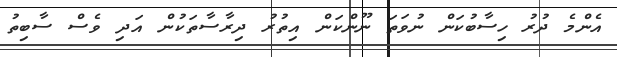
އެންމެ ދުރު ހިސާބުކަން ނުވަތަ ނޫންކަން އިތުރު ދިރާސާތަކުން އަދި ވެސް ސާބިތު